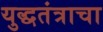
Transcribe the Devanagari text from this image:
युद्धतंत्राचा